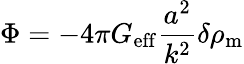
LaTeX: \Phi=-4\pi G_{\mathrm{eff}}{\frac{a^{2}}{k^{2}}}\delta\rho_{\mathrm{m}}